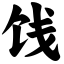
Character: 饯